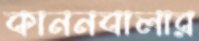
কাননবালার